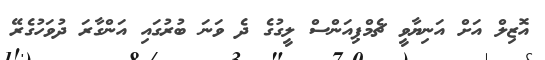
އޮޒިލް އަށް އަނިޔާވީ ޗެމްޕިއަންސް ލީގުގެ ދެ ވަނަ ބުރުގައި އަންގާރަ ދުވަހުގެރޭ